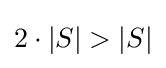
2\cdot |S|>|S|